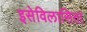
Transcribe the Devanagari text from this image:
इसेविलासिता